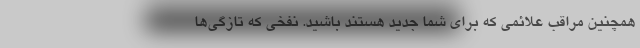
همچنین مراقب علائمی که برای شما جدید هستند باشید. نفخی که تازگی‌ها